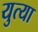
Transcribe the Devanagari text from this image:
युत्या